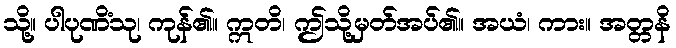
သို့။ ပါပုဏိံသု၊ ကုန်၏။ ဣတိ၊ ဤသို့မှတ်အပ်၏။ အယံ၊ ကား။ အတ္တနိ